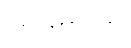
အပ္ပဋိဝေဓာ